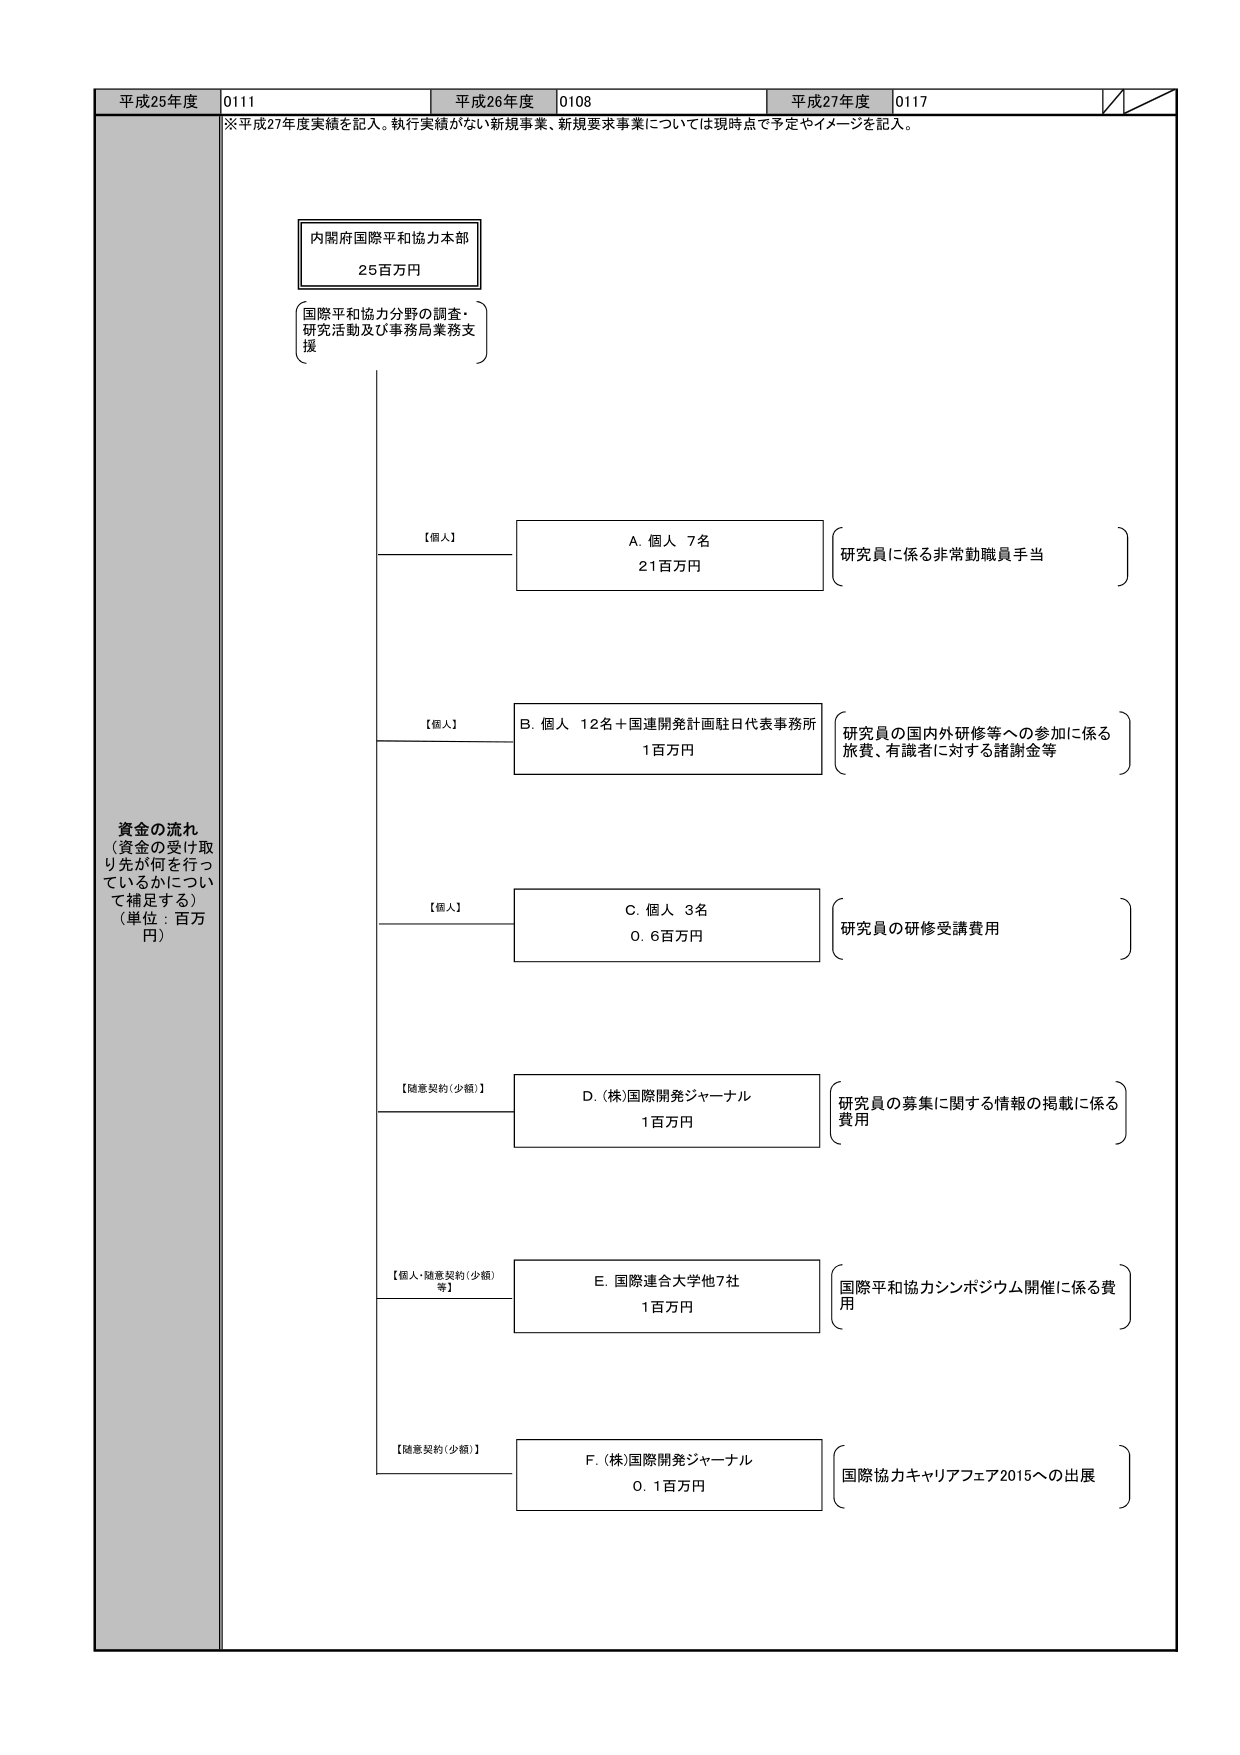
平成25年度 0111 平成26年度 0108 平成27年度 0117
※平成27年度実績を記入。執行実績がない新規事業、新規要求事業については現時点で予定やイメージを記入。
内閣府国際平和協力本部
25百万円
（国際平和協力分野の調査・
研究活動及び事務局業務支
援）
資金の流れ
（資金の受け取り先が何を行っ
ているかについて補足する）
（単位：百万円）
【個人】
A. 個人 7名
21百万円
（研究員に係る非常勤職員手当）
【個人】
B. 個人 12名＋国連開発計画駐日代表事務所
1百万円
（研究員の国内外研修等への参加に係る
旅費、有識者に対する諸謝金等）
【個人】
C. 個人 3名
0.6百万円
（研究員の研修受講費用）
【随意契約（少額）】
D. (株)国際開発ジャーナル
1百万円
（研究員の募集に関する情報の掲載に係る
費用）
【個人・随意契約（少額）等】
E. 国際連合大学他7社
1百万円
（国際平和協力シンポジウム開催に係る費
用）
【随意契約（少額）】
F. (株)国際開発ジャーナル
0.1百万円
（国際協力キャリアフェア2015への出展）